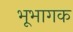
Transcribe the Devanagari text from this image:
भूभागक